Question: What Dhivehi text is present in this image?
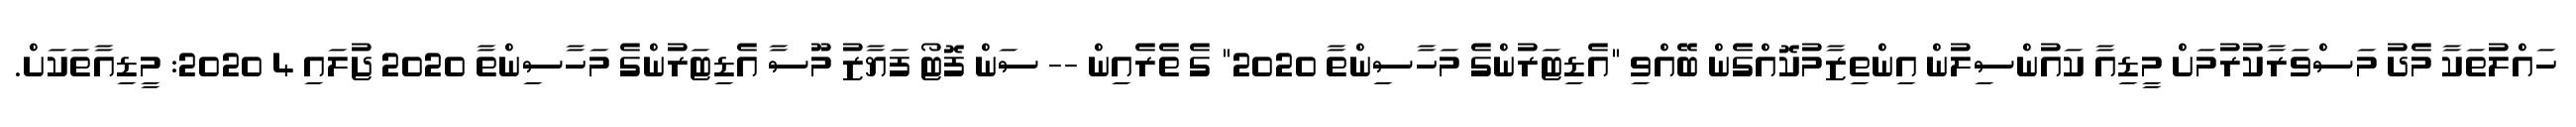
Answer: ހައްލުތަކާ މެދު މަސްވަރާކުރުމަށް މީޑިއާ ކައުންސިލުން އިންތިޒާމުކޮއްގެން ބޭއްވި "އެޑިޓަރުންގެ މަހާސިންތާ 2020" ގެ ތެރެއިން -- ސަން ފޮޓޯ ފަޔާޒު މޫސާ އެޑިޓަރުންގެ މަހާސިންތާ 2020 ޖުލައި 4 2020: މީޑިއާތަކަށް.